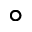
^ \circ